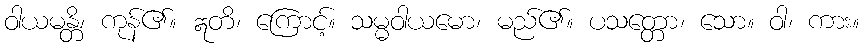
ဝါယမန္တိ၊ ကုန်၏။ ဣတိ၊ ကြောင့်။ သမ္မဝါယမော၊ မည်၏။ ပသတ္တော၊ သော။ ဝါ၊ ကား။